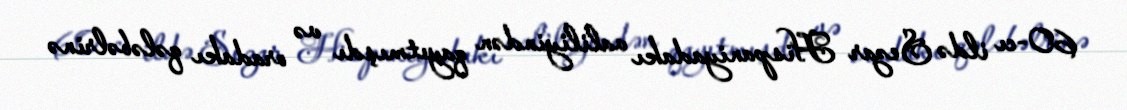
60-cı ildə Sezar Hispaniyadakı valiliyindən qayıtmışdı və oradakı qələbəlrinə